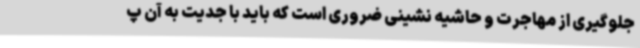
جلوگیری از مهاجرت و حاشیه نشینی ضروری است که باید با جدیت به آن پ